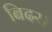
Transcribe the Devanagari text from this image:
बिदर।